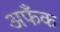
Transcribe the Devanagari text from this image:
अफँक